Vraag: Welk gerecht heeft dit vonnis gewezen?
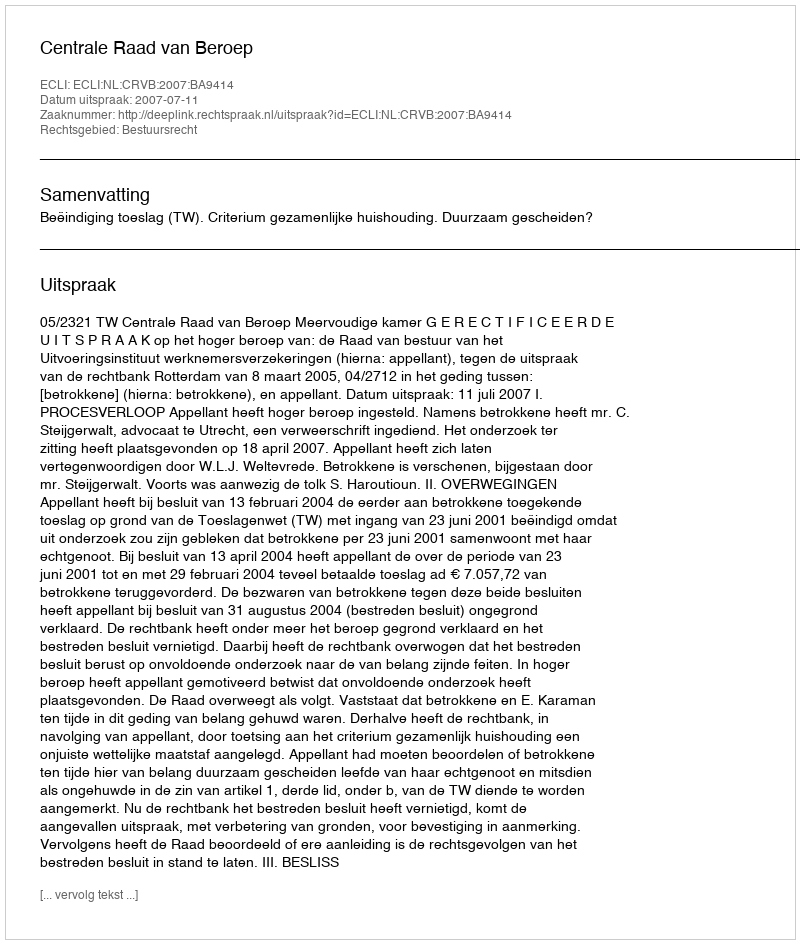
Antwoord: Centrale Raad van Beroep